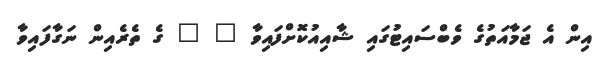
އިން އެ ޖަމާއަތުގެ ވެބްސައިޓުގައި ޝާއިއުކޮށްފައިވާ " " ގެ ތެރެއިން ނަގާފައިވާ